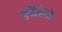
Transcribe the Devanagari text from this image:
हर्पेस्टिडे